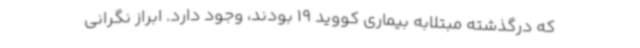
که درگذشته مبتلابه بیماری کووید 19 بودند، وجود دارد. ابراز نگرانی